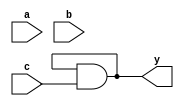
// Listing 7.2
module and_nonblock
  (
  input wire a, b, c,
  output reg y
  );

  always @*
  begin             // y$_{entry}$ =  y
     y <= a;        // y$_{exit}$ = a
     y <= y & b;    // y$_{exit}$ = y$_{entry}$ \& b
     y <= y & c;    // y$_{exit}$ = y$_{entry}$ \& c
  end               // y = y$_{exit}$

endmodule